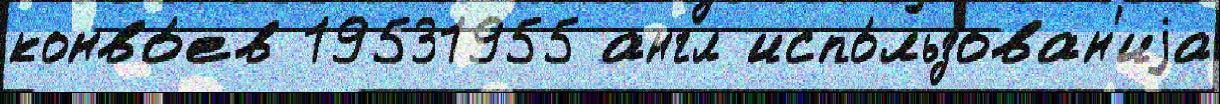
конво́ев 19531955 англ испо́льзован'иjа